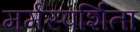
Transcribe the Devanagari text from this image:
मर्मस्पर्शिता